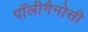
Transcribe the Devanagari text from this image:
पॉलीगैनोसी